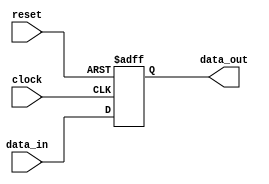
module IO_Buffer (
    input wire clock,
    input wire reset,
    input wire data_in,
    output wire data_out
);

reg buffer;

always @(posedge clock or posedge reset) begin
    if (reset) begin
        buffer <= 0;
    end else begin
        buffer <= data_in;
    end
end

assign data_out = buffer;

endmodule